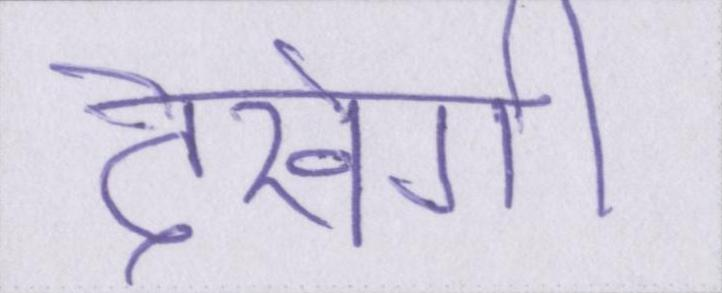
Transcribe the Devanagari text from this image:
देखेगी